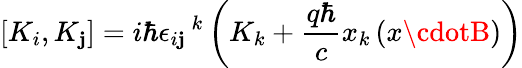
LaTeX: [K_{i},K_{\mathbf{j}}]=i\hbar{\epsilon_{i\mathbf{j}}}^{\, k}\left(K_{k}+{\frac{{q\hbar}}{{c}}}x_{k}\left(x\cdotB\right)\right)